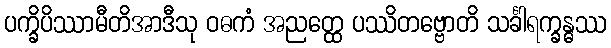
ပက္ခိပိဿာမီတိအာဒီသု ဝဓကံ အညတ္ထေ ပဿိတဗ္ဗောတိ သင်္ခါရက္ခန္ဓဿ